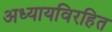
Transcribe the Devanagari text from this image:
अध्यायविरहित